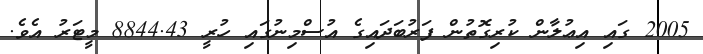
2005 ގައި އިޢުލާން ކުރިގޮތުން ފަރުބަދައިގެ އުސްމިނުގައި ހުރީ 8844.43 މީޓަރު އެވެ.